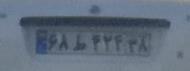
۶۸ط۴۲۴۳۸